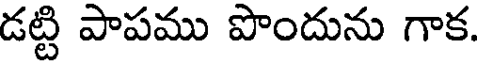
డట్టి పాపము పొందును గాక.